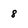
Character: 8